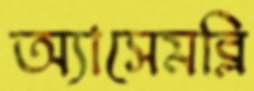
অ্যাসেমব্লি